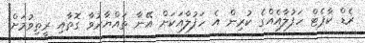
ރެޑް ކާޕެޓް ހަފުލާއެއްގެ ކުރިން އެ ހަފުލާއަކަށް އޭނާ ތައްޔާރުވާ ގޮތާއި ރީތިވުމަށް